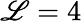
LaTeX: \mathscr{L}=4